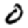
Digit: 0